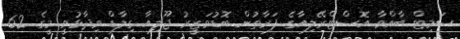
ސަމިޓް ބާއްވާ އޮސްޓްރޭލިއާގެ ފަރާތުން ބޮޑުވަޒީރު ޖޫލިއާ ގިލާޑް ވިދާޅުވީ މީގެ 62